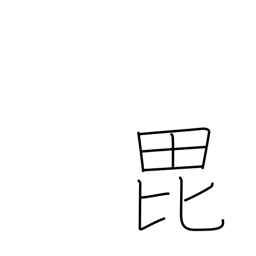
Meaning: help